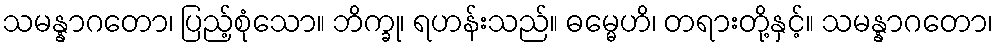
သမန္နာဂတော၊ ပြည့်စုံသော။ ဘိက္ခု၊ ရဟန်းသည်။ ဓမ္မေဟိ၊ တရားတို့နှင့်။ သမန္နာဂတော၊